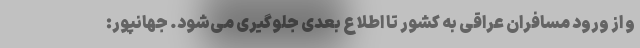
و از ورود مسافران عراقی به کشور تا اطلاع بعدی جلوگیری می‌شود. جهانپور: